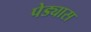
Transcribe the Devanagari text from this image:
पेड्यास